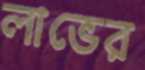
লাভের